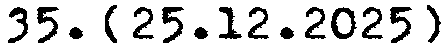
35. [25.12.2025]